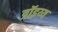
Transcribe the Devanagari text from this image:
त्रॉइय्य